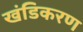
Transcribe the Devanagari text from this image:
खंडिकरण